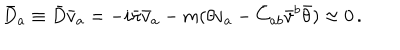
\bar { D } _ { a } \equiv \bar { D } \bar { v } _ { a } = - i \bar { \pi } \bar { v } _ { a } - m ( \theta v _ { a } - \bar { C } _ { a b } \bar { v } ^ { b } \bar { \theta } ) \approx 0 \, .